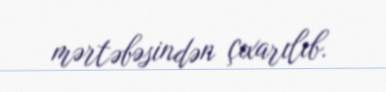
mərtəbəsindən çıxarılıb.